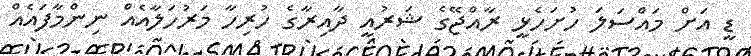
ޑީ އަށް މައްސަލަ ހުށަހެޅީ ރާއްޖޭގެ ޝަރުއީ ދާއިރާގެ ހުރިހާ މަރުހަލާއެއް ނިންމާފައެއް